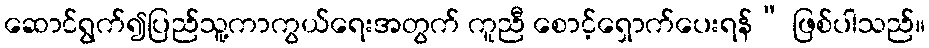
ဆောင်ရွက်၍ပြည်သူ့ကာကွယ်ရေးအတွက် ကူညီ စောင့်ရှောက်ပေးရန်” ဖြစ်ပါသည်။